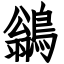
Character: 鶲